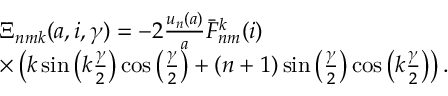
\begin{array} { r l } & { \Xi _ { n m k } ( a , i , \gamma ) = - 2 \frac { u _ { n } ( a ) } { a } \bar { F } _ { n m } ^ { k } ( i ) } \\ & { \times \left( k \sin \left( k \frac { \gamma } { 2 } \right) \cos \left( \frac { \gamma } { 2 } \right) + ( n + 1 ) \sin \left( \frac { \gamma } { 2 } \right) \cos \left( k \frac { \gamma } { 2 } \right) \right) . } \end{array}